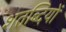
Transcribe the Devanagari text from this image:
शतब्दियों